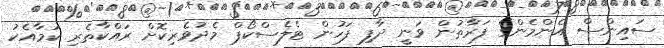
ސައިންސް އެންމެންގެ ފަރާތުން ވަނީ ދާފި ފަހުން ޓެލެސްކޯޕް މެދުވެރިކޮށް ރައްކާތެރި ކަމާއެކު